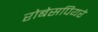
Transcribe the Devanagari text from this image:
रोबेसपियरे